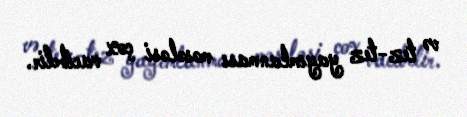
və tez-tez yayımlanması məsələsi çox vacibdir.